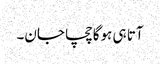
آتا ہی ہوگا چچا جان۔